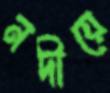
নদীয়ে